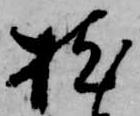
枕